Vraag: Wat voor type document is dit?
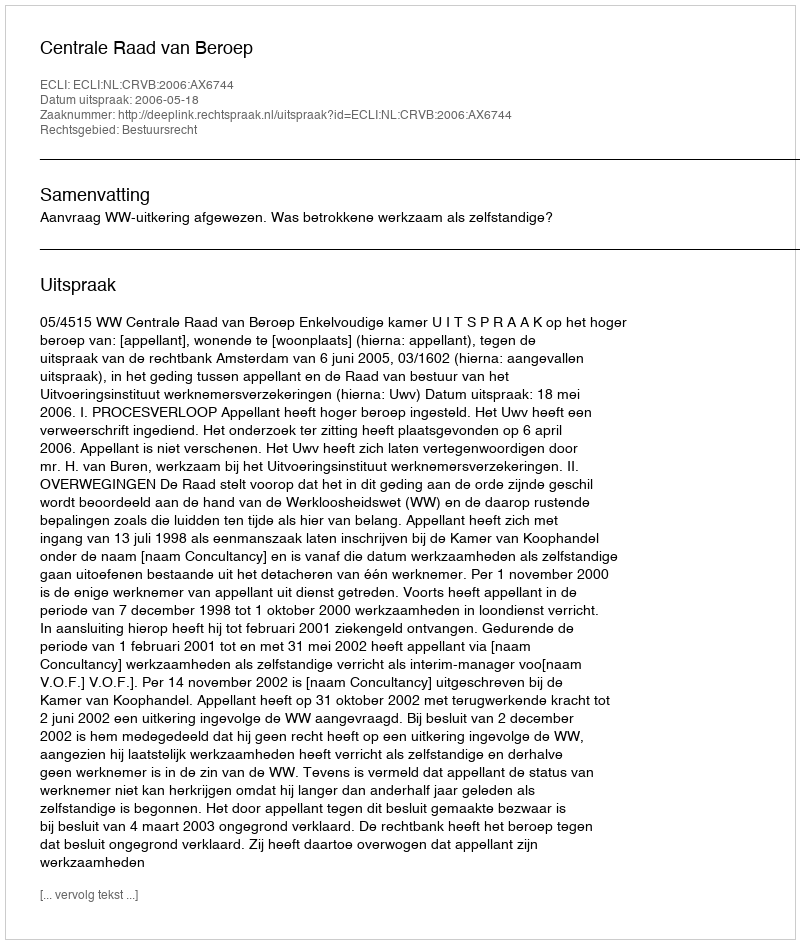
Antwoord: Uitspraak